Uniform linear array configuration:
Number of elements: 16
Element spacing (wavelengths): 0.25
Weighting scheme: uniform
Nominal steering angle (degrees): -45
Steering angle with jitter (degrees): -44.854
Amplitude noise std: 0.05
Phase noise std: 0.05

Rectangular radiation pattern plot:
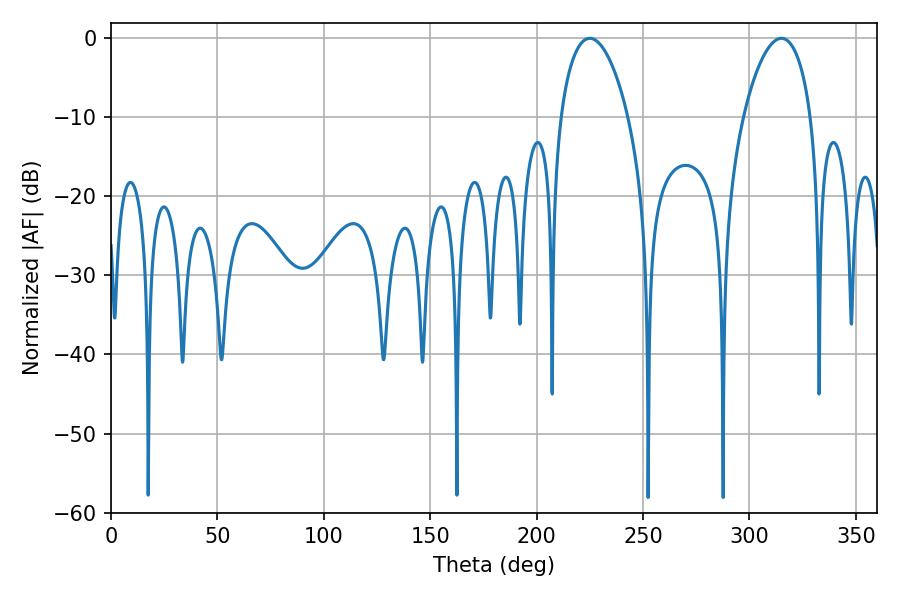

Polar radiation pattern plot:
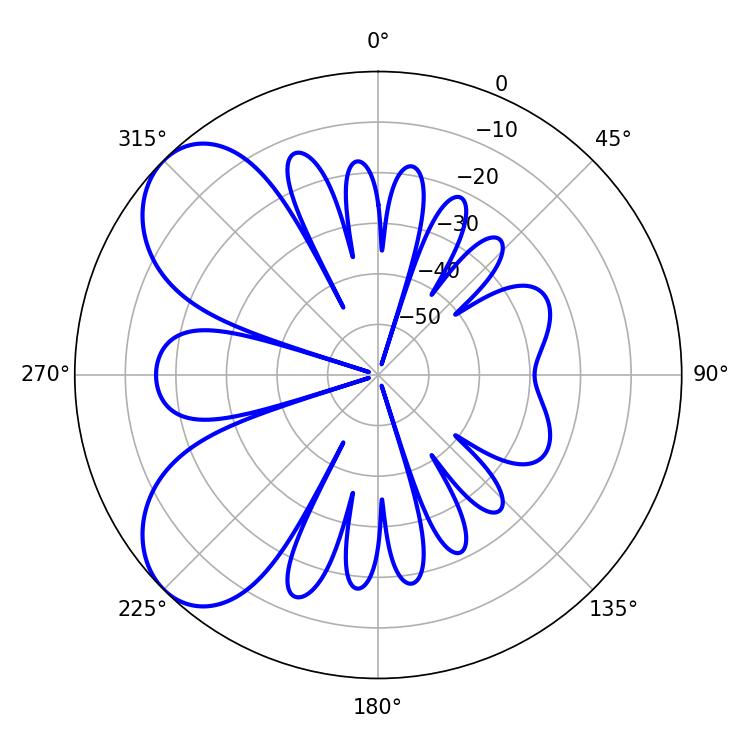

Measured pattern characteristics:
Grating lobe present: FALSE
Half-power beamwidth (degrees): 18
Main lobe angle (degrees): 225